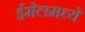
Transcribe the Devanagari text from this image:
ईमेलमध्ये